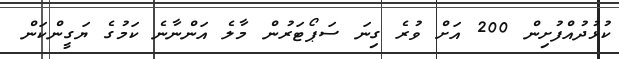
ކުޅުދުއްފުށިން 200 އަށް ވުރެ ގިނަ ސަޕޯޓަރުން މާލެ އަންނާނެ ކަމުގެ ޔަގީންކަން